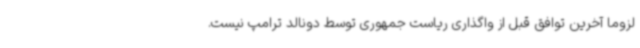
لزوما آخرین توافق قبل از واگذاری ریاست جمهوری توسط دونالد ترامپ نیست.